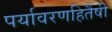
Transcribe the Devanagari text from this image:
पर्यावरणहितैषी